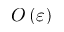
O \left( \varepsilon \right)